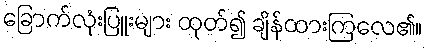
ခြောက်လုံးပြူးများ ထုတ်၍ ချိန်ထားကြလေ၏။